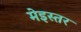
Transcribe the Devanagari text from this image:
मेइस्तर